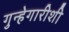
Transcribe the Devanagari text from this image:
गुन्हेगारीशी